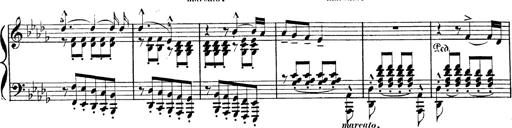
Title: BÃ©nÃ©diction et serment
Composer: Franz Liszt